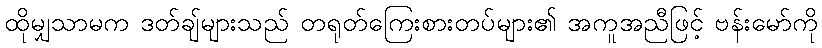
ထိုမျှသာမက ဒတ်ချ်များသည် တရုတ်ကြေးစားတပ်များ၏ အကူအညီဖြင့် ဗန်းမော်ကို